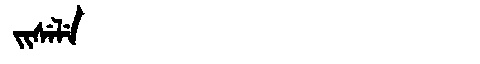
Manchu: ᠵᡳᠰᡝᠯᡝ
Romanization: JISELE